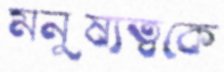
মনুষ্যত্বকে